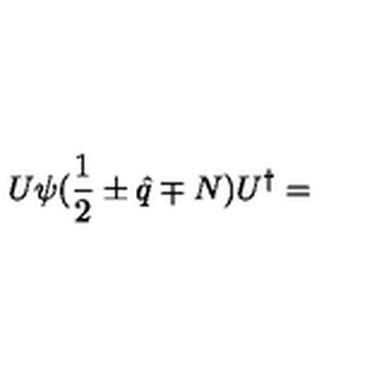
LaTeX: U \psi ( { \frac { 1 } { 2 } } \pm \hat { q } \mp N ) U ^ { \dagger } =